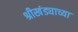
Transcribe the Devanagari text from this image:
श्रीखंड्याच्या